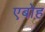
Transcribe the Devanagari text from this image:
एबोह